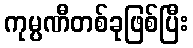
ကုမ္ပဏီတစ်ခုဖြစ်ပြီး